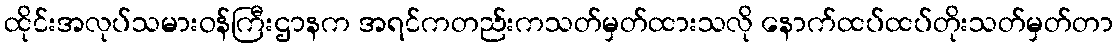
ထိုင်းအလုပ်သမားဝန်ကြီးဌာနက အရင်ကတည်းကသတ်မှတ်ထားသလို နောက်ထပ်ထပ်တိုးသတ်မှတ်တာ